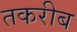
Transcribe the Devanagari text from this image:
तकरीब